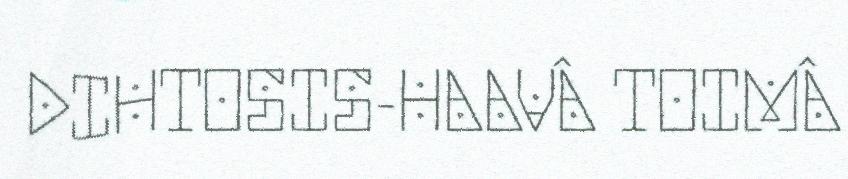
DIHTOSIS-HAAVÂ TOIMÂ